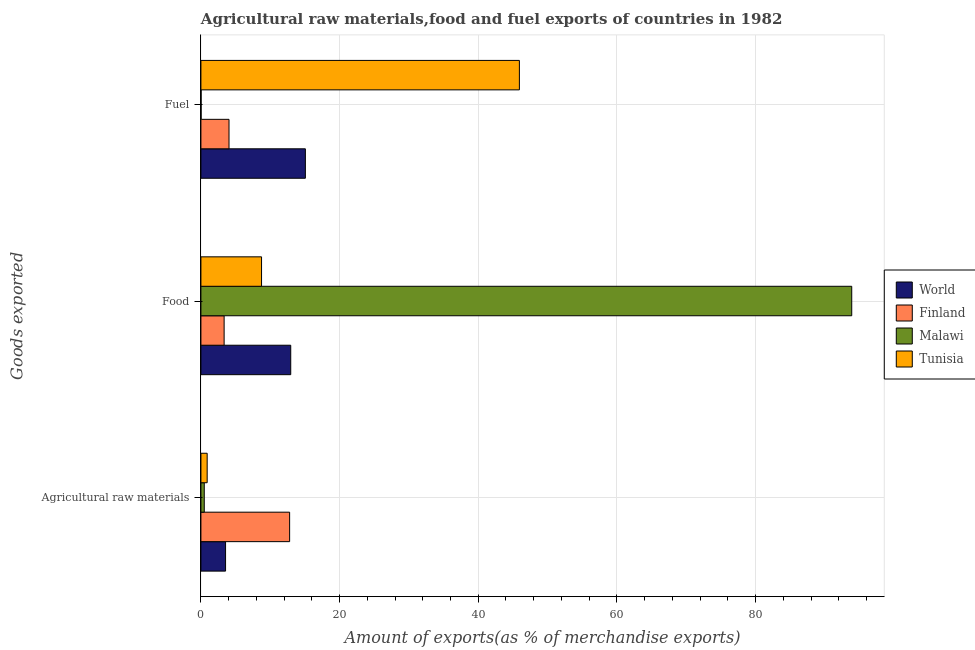
| Goods exported | World | Finland | Malawi | Tunisia |
 | --- | --- | --- | --- | --- |
 | Agricultural raw materials | 3.55 | 12.8 | 0.482 | 0.903 |
 | Food | 13 | 3.35 | 93.9 | 8.75 |
 | Fuel | 15.1 | 4.05 | 0.0257 | 45.9 |